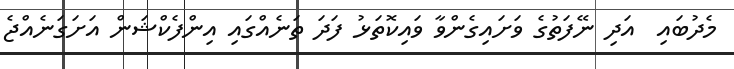
މެދުބައި  އަދި ނޭފަތުގެ ވަށައިގެންވާ ވައިކޮތަޅު ފަދަ ތަނެއްގައި އިންފެކްޝަން އަށަގަނެއްޖެ